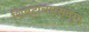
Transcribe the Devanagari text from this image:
शिष्टाचारस्वरुप